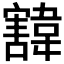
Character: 𩏓